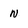
Character: n